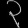
Digit: ၃